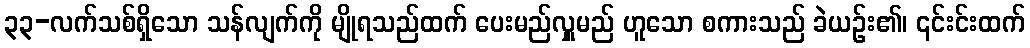
၃၃-လက်သစ်ရှိသော သန်လျက်ကို မျိုရသည်ထက် ပေးမည်လှူမည် ဟူသော စကားသည် ခဲယဉ်း၏၊ ၎င်းင်းထက်